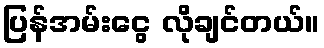
ပြန်အမ်းငွေ လိုချင်တယ်။